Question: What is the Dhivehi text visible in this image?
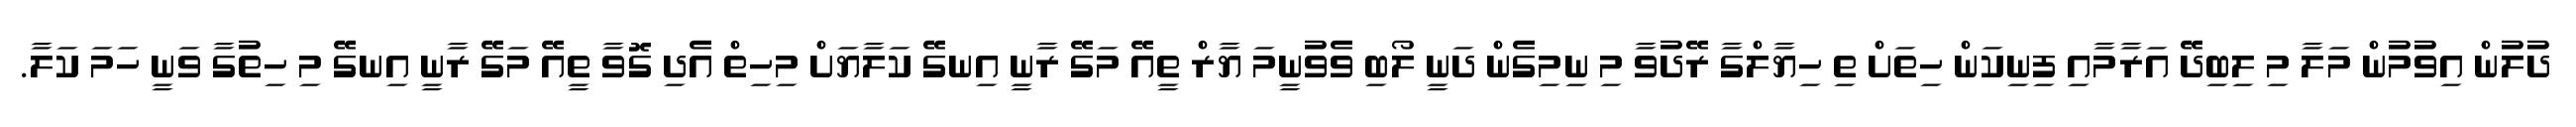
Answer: ދުލުން އިވުމުން މަލާ މި ލިބިދޭ އަރާމާއި ފިނިކަން ހިތަށް ތި ހިޔާލްގާ ރޭދުވާ މި ނިމިގެން ދަނީ ލޯބި ވެވުނީމަ ޔާރް ތީއޭ މަގޭ ރާނީ އިނގޭ ކަލާޔަށް މިހިތް އެދި ގޮވާ ތީއޭ މަގޭ ރާނީ އިނގޭ މި ހިތުގާ ވަނީ ހަމަ ކަލާ.